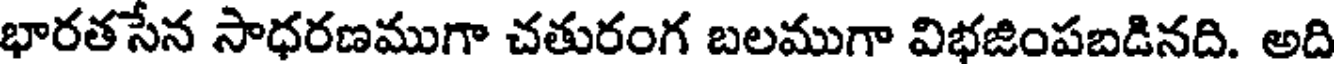
భారతసేన సాధరణముగా చతురంగ బలముగా విభజింపబడినది. అది